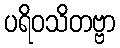
ပရိဝသိတဗ္ဗာ